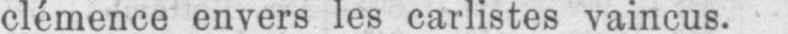
clémence envers les carlistes vaincus.